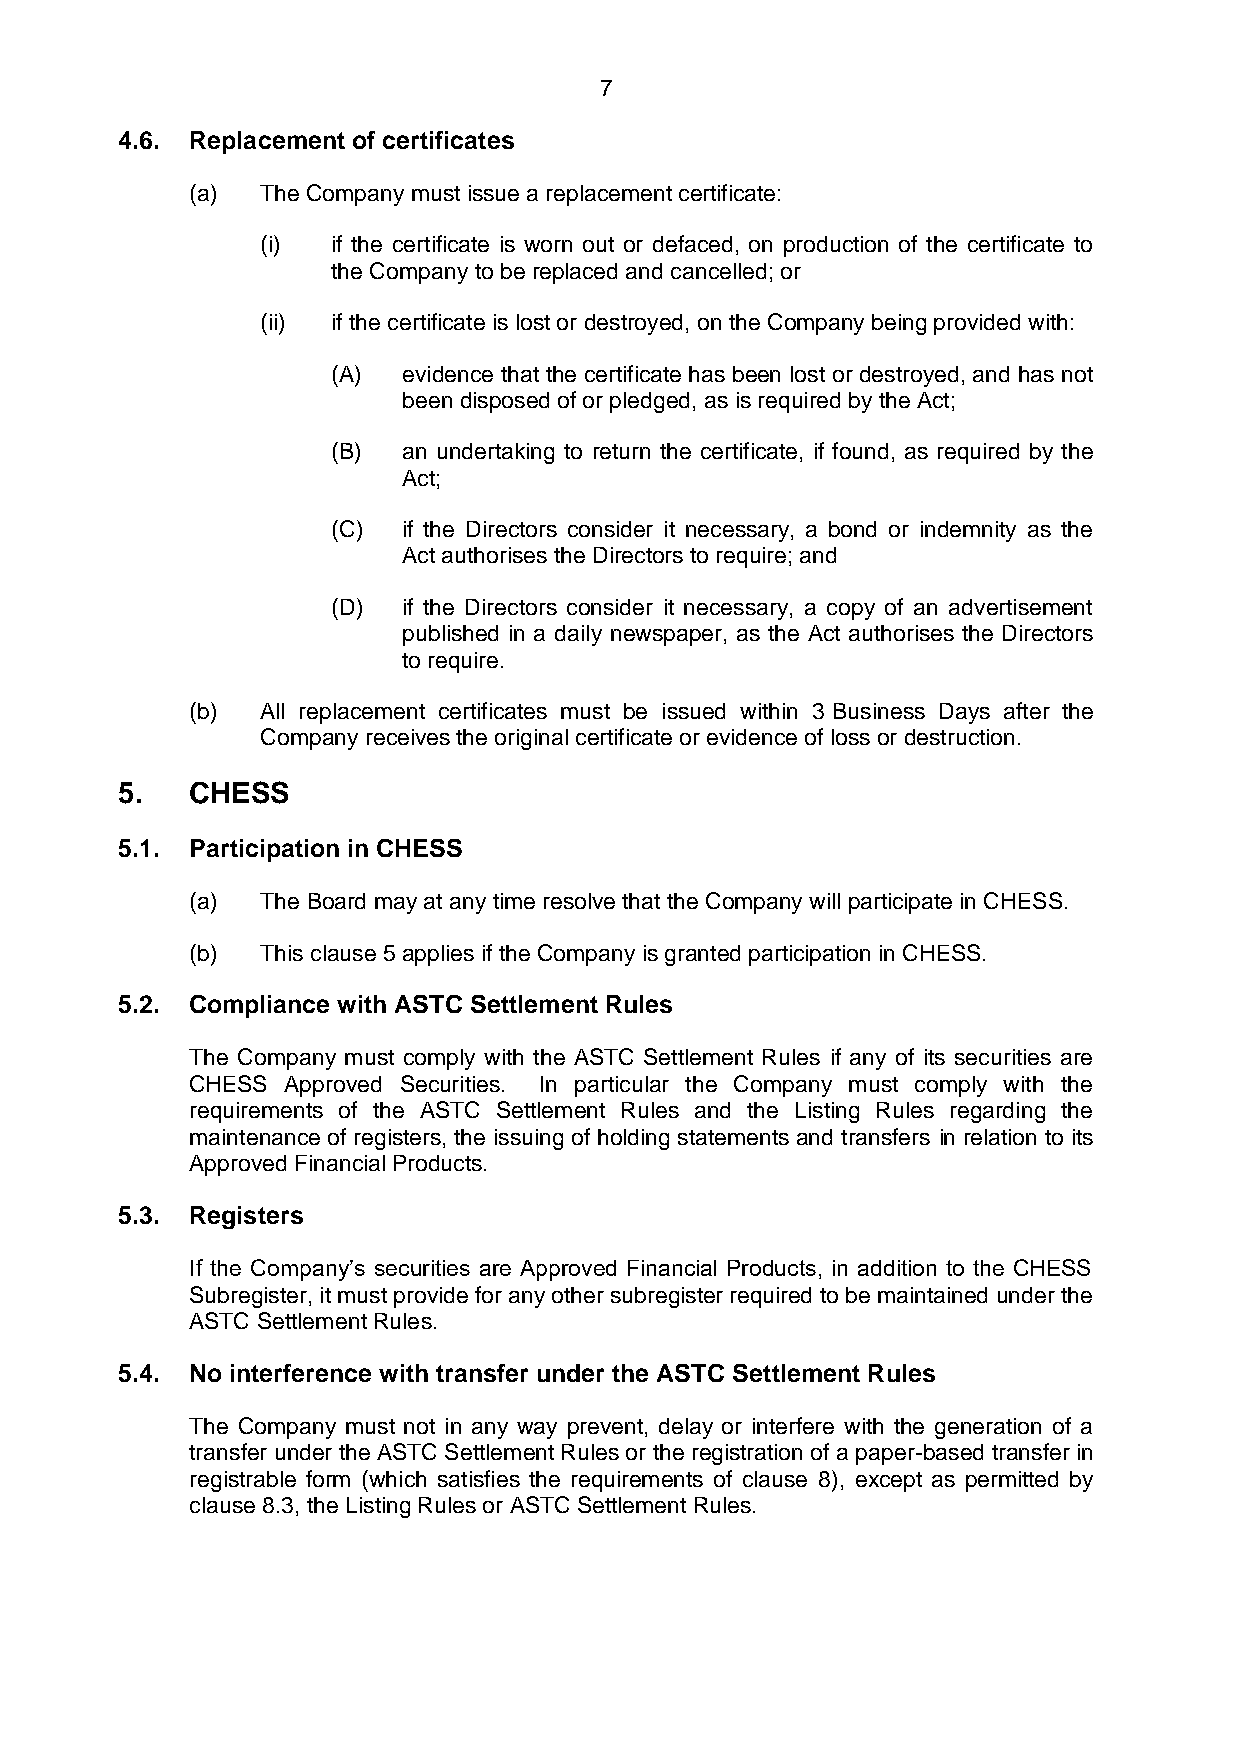
7
 4.6. Replacement of certificates
 (a) The Company must issue a replacement certificate:
 (i)  if the certificate is worn out or defaced, on production of the certificate to
 the Company to be replaced and cancelled; or
 (ii) if the certificate is lost or destroyed, on the Company being provided with:
 (A)  evidence that the certificate has been lost or destroyed, and has not
 been disposed of or pledged, as is required by the Act;
 (B)  an undertaking to return the certificate, if found, as required by the
 Act;
 (C)  if the Directors consider it necessary, a bond or indemnity as the
 Act authorises the Directors to require; and
 (D)  if the Directors consider it necessary, a copy of an advertisement
 published in a daily newspaper, as the Act authorises the Directors
 to require.
 (b) All replacement certificates must be issued within 3 Business Days after the
 Company receives the original certificate or evidence of loss or destruction.
 5.   CHESS
 5.1. Participation in CHESS
 (a) The Board may at any time resolve that the Company will participate in CHESS.
 (b) This clause 5 applies if the Company is granted participation in CHESS.
 5.2. Compliance with ASTC Settlement Rules
 The Company must comply with the ASTC Settlement Rules if any of its securities are
 CHESS Approved Securities. In particular the Company must comply with the
 requirements of the ASTC Settlement Rules and the Listing Rules regarding the
 maintenance of registers, the issuing of holding statements and transfers in relation to its
 Approved Financial Products.
 5.3. Registers
 If the Company’s securities are Approved Financial Products, in addition to the CHESS
 Subregister, it must provide for any other subregister required to be maintained under the
 ASTC Settlement Rules.
 5.4. No interference with transfer under the ASTC Settlement Rules
 The Company must not in any way prevent, delay or interfere with the generation of a
 transfer under the ASTC Settlement Rules or the registration of a paper-based transfer in
 registrable form (which satisfies the requirements of clause 8), except as permitted by
 clause 8.3, the Listing Rules or ASTC Settlement Rules.